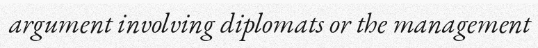
argument involving diplomats or the management